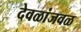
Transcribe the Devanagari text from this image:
देवळांजवळ